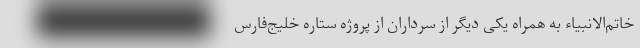
خاتم‌الانبیاء به همراه یکی دیگر از سرداران از پروژه ستاره خلیج‌فارس